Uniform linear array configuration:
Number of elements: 8
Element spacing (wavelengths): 0.75
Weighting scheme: hann
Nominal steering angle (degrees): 60
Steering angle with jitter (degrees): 58.133
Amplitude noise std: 0.05
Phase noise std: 0.05

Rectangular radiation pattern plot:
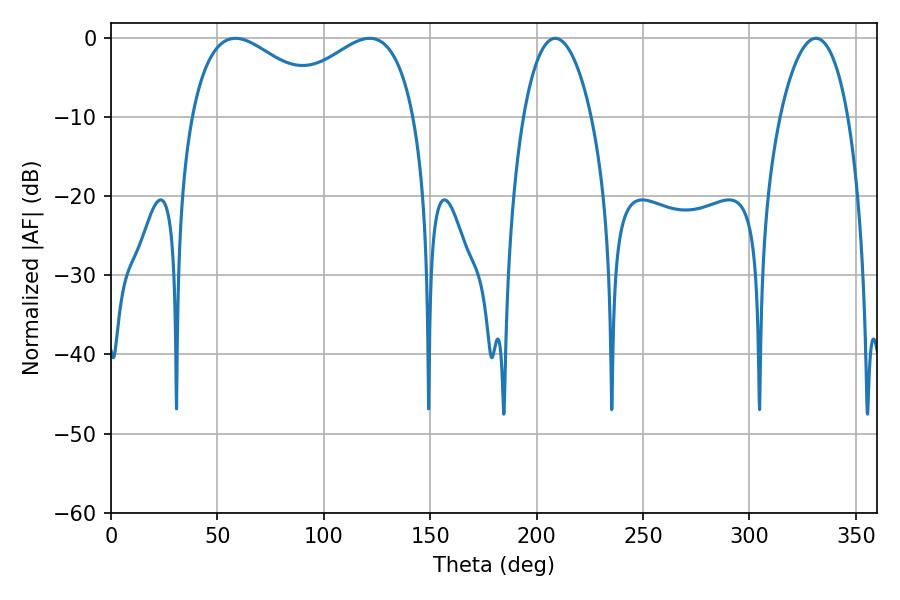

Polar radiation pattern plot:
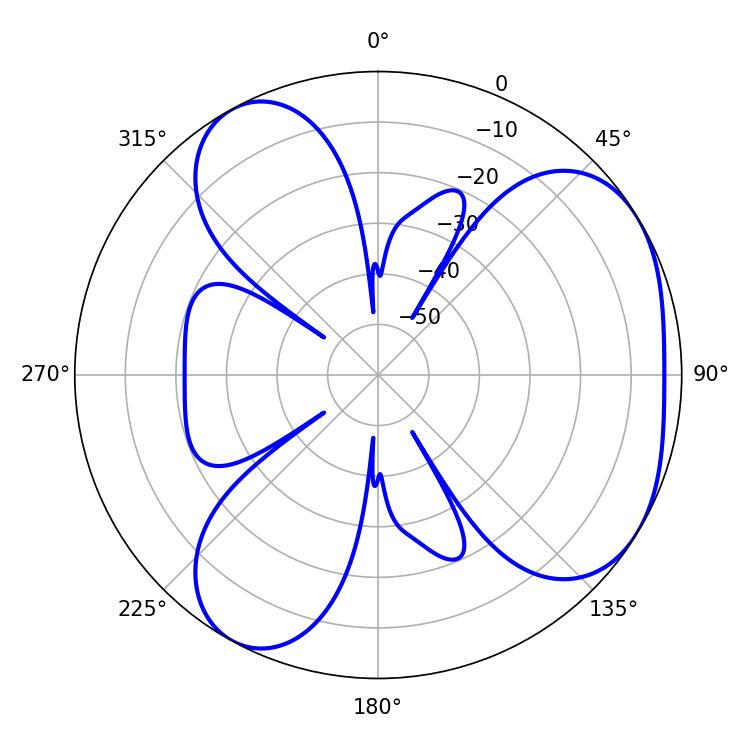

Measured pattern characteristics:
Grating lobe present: TRUE
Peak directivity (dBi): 4.394
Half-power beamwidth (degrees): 36.36
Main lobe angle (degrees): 58.5